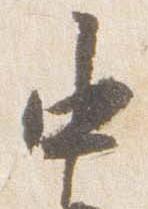
中